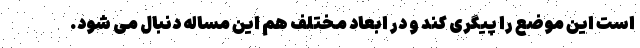
است این موضع را پیگری کند و در ابعاد مختلف هم این مساله دنبال می شود.